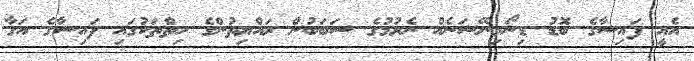
އެއީ ފައިސާގެ ބޮޑު ޑިނޯމިނޭޝަނެއް ނެރުމުގެ ސަބަބުން ރައްޔިތުންގެ ހިތްތަކުގައި ފައިސާގެ އަގާ